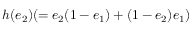
h ( e _ { 2 } ) ( = e _ { 2 } ( 1 - e _ { 1 } ) + ( 1 - e _ { 2 } ) e _ { 1 } )